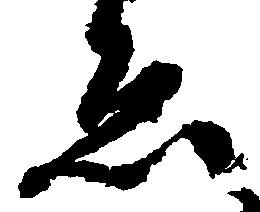
ゑ